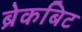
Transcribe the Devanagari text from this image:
ब्रेकबिट